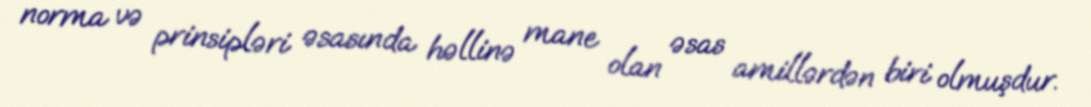
norma və prinsipləri əsasında həllinə mane olan əsas amillərdən biri olmuşdur.